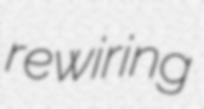
rewiring